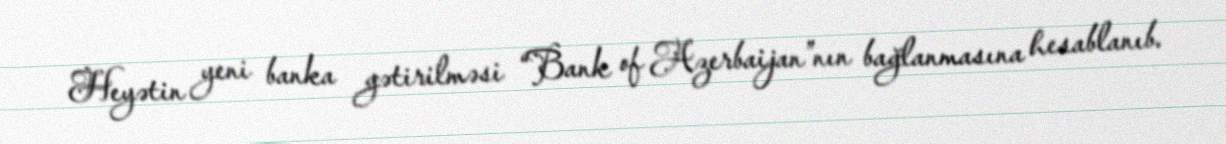
Heyətin yeni banka gətirilməsi “Bank of Azerbaijan”nın bağlanmasına hesablanıb.